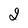
Character: 2